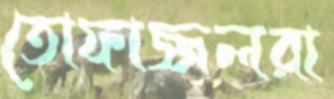
তোফাজ্জলরা